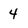
Character: 4